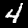
Label: 4